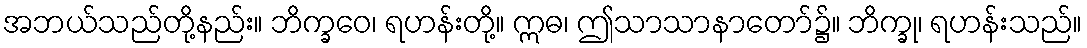
အဘယ်သည်တို့နည်း။ ဘိက္ခဝေ၊ ရဟန်းတို့။ ဣဓ၊ ဤသာသာနာတော်၌။ ဘိက္ခု၊ ရဟန်းသည်။